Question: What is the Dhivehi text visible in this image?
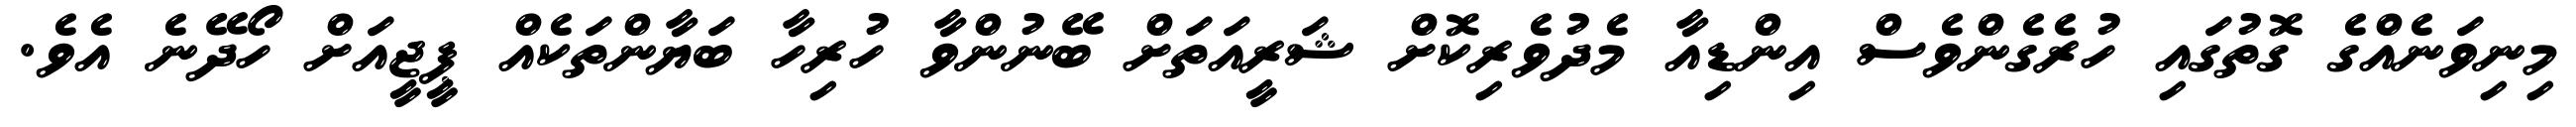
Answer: މިނިވަނެއްގެ ގޮތުގައި ހުރެގެންވެސް އިންޑިއާ މެދުވެރިކޮށް ޝަރީއަތަށް ބޭނުންވާ ހުރިހާ ބަޔާންތަކެއް ޕީޖީއަށް ހޯދޭނެ އެވެ.